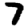
Digit: 7